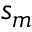
s _ { m }